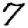
Digit: 7